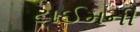
ટાઈમની